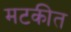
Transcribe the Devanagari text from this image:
मटकीत